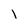
Character: l